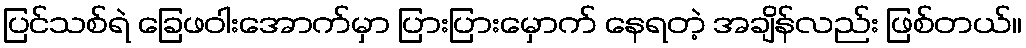
ပြင်သစ်ရဲ ခြေဖဝါးအောက်မှာ ပြားပြားမှောက် နေရတဲ့ အချိန်လည်း ဖြစ်တယ်။